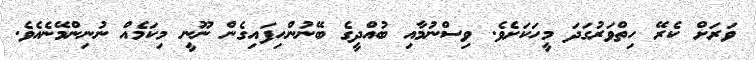
ވަރަށް ކެރޭ ހިތްވަރުގަދަ މީހަކަށެވެ. ވިސްނުމާއި ބުއްދީގެ ބޭނުންހިފައިގެން ނޫނީ މިކަމެއް ނުނިންމޭނެއެވެ.